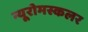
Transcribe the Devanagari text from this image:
न्यूरोमस्कलर